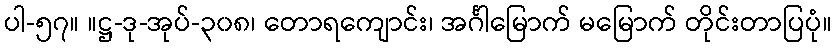
ပါ-၅၇။ ။ဋ္ဌ-ဒု-အုပ်-၃၀၈၊ တောရကျောင်း၊ အင်္ဂါမြောက် မမြောက် တိုင်းတာပြပုံ။